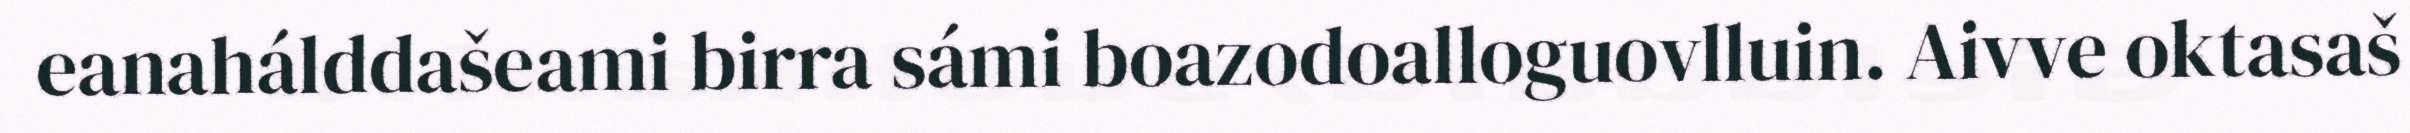
eanahálddašeami birra sámi boazodoalloguovlluin. Aivve oktasaš